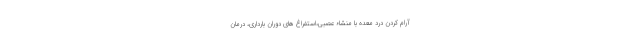
آرام کردن درد معده با منشاء عصبی،استفراغ های دوران بارداری، درمان